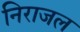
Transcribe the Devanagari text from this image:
निराजल